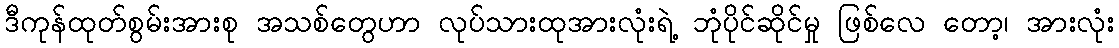
ဒီကုန်ထုတ်စွမ်းအားစု အသစ်တွေဟာ လုပ်သားထုအားလုံးရဲ့ ဘုံပိုင်ဆိုင်မှု ဖြစ်လေ တော့၊ အားလုံး